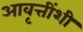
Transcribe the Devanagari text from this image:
आवृत्तींशी